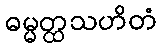
ဓမ္မတ္ထသဟိတံ